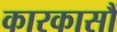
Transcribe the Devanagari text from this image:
कारकासौं